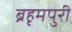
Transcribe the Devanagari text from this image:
ब्रहृमपुरी